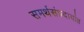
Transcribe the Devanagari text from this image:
समर्थसंप्रदायांत